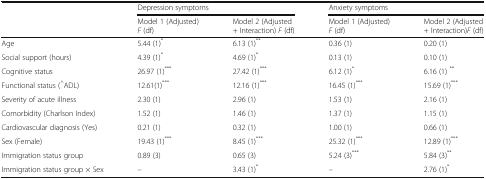
|  | <COLSPAN=2> Depression symptoms | <COLSPAN=2> Anxiety symptoms |
 |  | Model 1 (Adjusted)F (df) | Model 2 (Adjusted + Interaction) F (df) | Model 1 (Adjusted)F (df) | Model 2 (Adjusted + Interaction)F (df) |
 | --- | --- | --- | --- | --- |
 | Age | 5.44 (1)* | 6.13 (1)** | 0.36 (1) | 0.20 (1) |
 | Social support (hours) | 4.39 (1)* | 4.69 (1)* | 0.13 (1) | 0.10 (1) |
 | Cognitive status | 26.97 (1)*** | 27.42 (1)*** | 6.12 (1)* | 6.16 (1) ** |
 | Functional status (^ADL) | 12.61(1)*** | 12.16 (1)*** | 16.45 (1)*** | 15.69 (1)*** |
 | Severity of acute illness | 2.30 (1) | 2.96 (1) | 1.53 (1) | 2.16 (1) |
 | Comorbidity (Charlson Index) | 1.52 (1) | 1.46 (1) | 1.37 (1) | 1.15 (1) |
 | Cardiovascular diagnosis (Yes) | 0.21 (1) | 0.32 (1) | 1.00 (1) | 0.66 (1) |
 | Sex (Female) | 19.43 (1)*** | 8.45 (1)*** | 25.32 (1)*** | 12.89 (1)*** |
 | Immigration status group | 0.89 (3) | 0.65 (3) | 5.24 (3)*** | 5.84 (3)** |
 | Immigration status group × Sex | – | 3.43 (1)* | – | 2.76 (1)* |